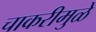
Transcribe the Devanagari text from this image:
चाकरीमुळे